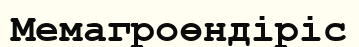
Мемагроөндіріс